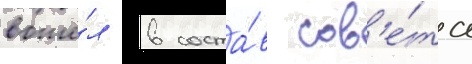
вошё́л в соста́в сов'е́та